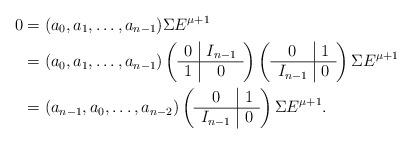
LaTeX: \begin{align*}0 &= (a_0,a_1,\ldots, a_{n-1}) \Sigma E^{\mu+1} \\&= (a_0,a_1,\ldots, a_{n-1}) \left(\begin{array}{c|c} 0 & I_{n-1}\\ \hline1 & 0 \end{array} \right) \left(\begin{array}{c|c} 0 & 1\\ \hline I_{n-1} & 0\end{array} \right) \Sigma E^{\mu+1} \\&= (a_{n-1},a_0,\ldots, a_{n-2}) \left(\begin{array}{c|c} 0 & 1\\ \hline I_{n-1} & 0\end{array} \right) \Sigma E^{\mu+1}.\end{align*}